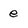
Character: e